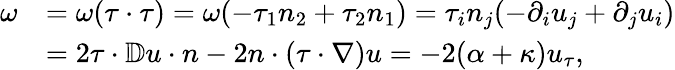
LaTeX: \begin{array}{rl}{\omega}&{=\omega(\tau\cdot\tau)=\omega(-\tau_{1}n_{2}+\tau_{2}n_{1})=\tau_{i}n_{j}(-\partial_{i}u_{j}+\partial_{j}u_{i})}\\ &{=2\tau\cdot\mathbb{D}u\cdot n-2n\cdot(\tau\cdot\nabla)u=-2(\alpha+\kappa)u_{\tau},}\end{array}